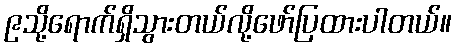
၉သို့ရောက်ရှိသွားတယ်လို့ဖော်ပြထားပါတယ်။